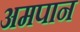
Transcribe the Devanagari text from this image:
अमपान